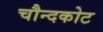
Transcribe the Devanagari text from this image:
चौन्दकोट